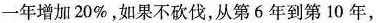
一年增加 20%，如果不砍伐，从第 6 年到第 10 年，